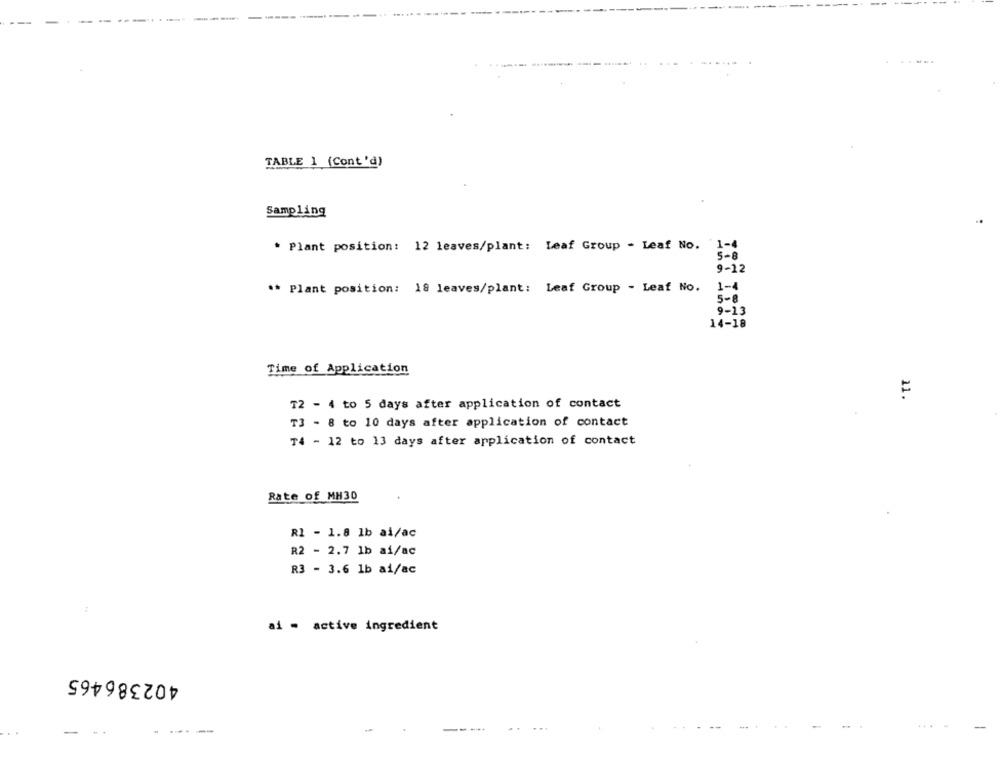
TABLE ] (Cont'd)
Sampling
'1-4
. Plant position: 12 leaves/plant: Leaf Group - Leaf No.
5-8
9-12
1-4
** Plant position: 18 leaves/plant: Leaf Group - Leaf No.
5-8
9-13
14-18
Time of Application
11.
T2 - 4 to 5 days after application of contact
T3 - 8 to 10 days after application of contact
T4 - 12 to 13 days after application of contact
Rate of MH30
R1 - 1.8 1b ai/ac
R2 - 2.7 1b ai/ac
R3 - 3.6 1b ai/ac
ai - active ingredient
402386465
..
...
...
-
----